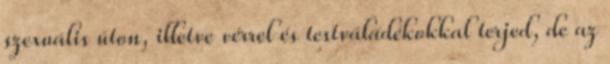
szexuális úton, illetve vérrel és testváladékokkal terjed, de az